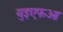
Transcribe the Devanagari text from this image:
युइएफआ